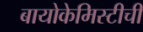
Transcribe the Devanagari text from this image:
बायोकेमिस्टीची